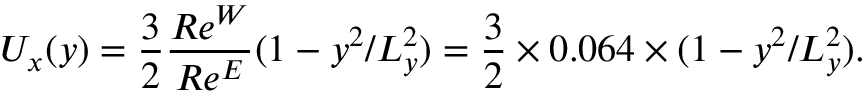
U _ { x } ( y ) = \frac { 3 } { 2 } \frac { R e ^ { W } } { R e ^ { E } } ( 1 - y ^ { 2 } / L _ { y } ^ { 2 } ) = \frac { 3 } { 2 } \times 0 . 0 6 4 \times ( 1 - y ^ { 2 } / L _ { y } ^ { 2 } ) .